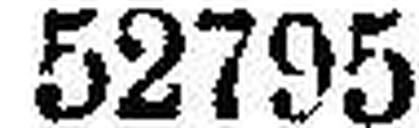
52795